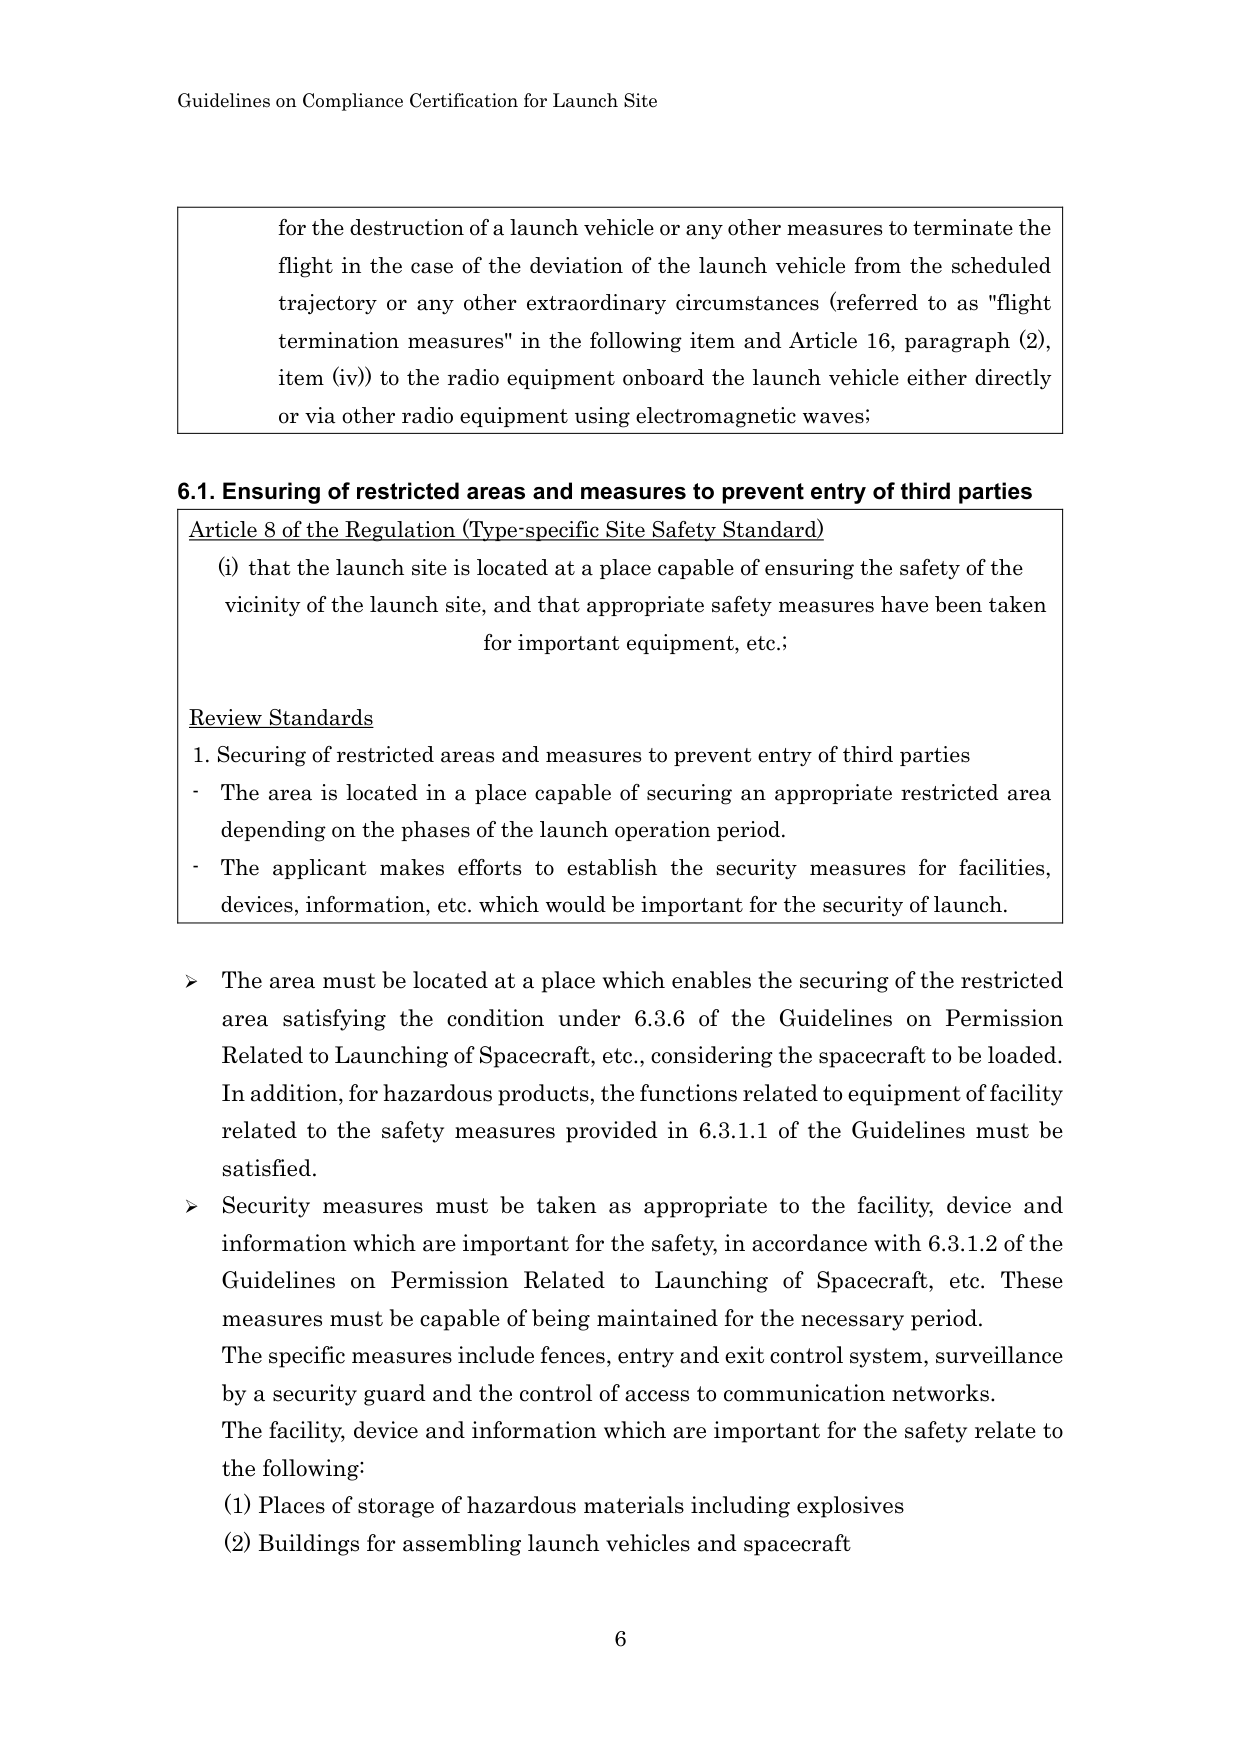
Guidelines on Compliance Certification for Launch Site

for the destruction of a launch vehicle or any other measures to terminate the flight in the case of the deviation of the launch vehicle from the scheduled trajectory or any other extraordinary circumstances (referred to as "flight termination measures" in the following item and Article 16, paragraph (2), item (iv)) to the radio equipment onboard the launch vehicle either directly or via other radio equipment using electromagnetic waves;

6.1. Ensuring of restricted areas and measures to prevent entry of third parties

Article 8 of the Regulation (Type-specific Site Safety Standard)
(i) that the launch site is located at a place capable of ensuring the safety of the vicinity of the launch site, and that appropriate safety measures have been taken for important equipment, etc.;

Review Standards
1. Securing of restricted areas and measures to prevent entry of third parties
- The area is located in a place capable of securing an appropriate restricted area depending on the phases of the launch operation period.
- The applicant makes efforts to establish the security measures for facilities, devices, information, etc. which would be important for the security of launch.

➤ The area must be located at a place which enables the securing of the restricted area satisfying the condition under 6.3.6 of the Guidelines on Permission Related to Launching of Spacecraft, etc., considering the spacecraft to be loaded. In addition, for hazardous products, the functions related to equipment of facility related to the safety measures provided in 6.3.1.1 of the Guidelines must be satisfied.

➤ Security measures must be taken as appropriate to the facility, device and information which are important for the safety, in accordance with 6.3.1.2 of the Guidelines on Permission Related to Launching of Spacecraft, etc. These measures must be capable of being maintained for the necessary period. The specific measures include fences, entry and exit control system, surveillance by a security guard and the control of access to communication networks. The facility, device and information which are important for the safety relate to the following:
(1) Places of storage of hazardous materials including explosives
(2) Buildings for assembling launch vehicles and spacecraft

6